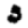
Digit: 3